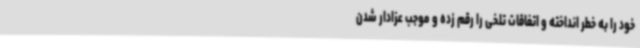
خود را به خطر انداخته و اتفاقات تلخی را رقم زده و موجب عزادار شدن